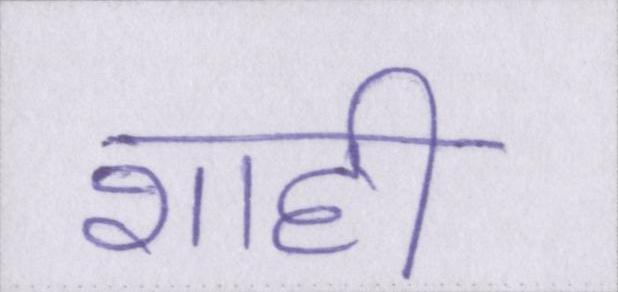
शाही